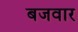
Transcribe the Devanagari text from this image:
बजवार